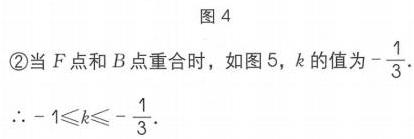
图4
\textcircled{2}当\(F\)点和\(B\)点重合时，如图5，\(k\)的值为\(-\frac{1}{3}\)．
\(\therefore - 1\leqslant k\leqslant-\frac{1}{3}\)．